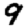
Digit: 9